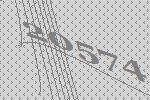
20574